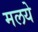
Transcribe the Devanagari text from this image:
मलये